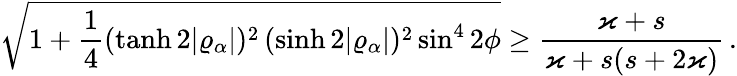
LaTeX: \sqrt{1+\frac{1}{4}(\operatorname{tanh}2\vert\varrho_{\alpha}\vert)^{2}\, (\sinh 2\vert\varrho_{\alpha}\vert)^{2}\sin^{4}2\phi}\geq\frac{\varkappa+s}{\varkappa+s(s+2\varkappa)}\, .